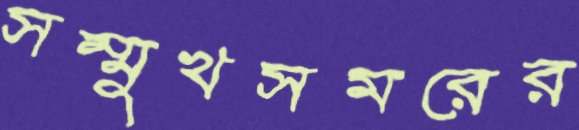
সম্মুখসমরের